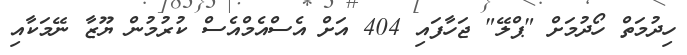
ހިދުމަތް ހޯދުމަށް "ޕްލޭ" ޖަހާފައި 404 އަށް އެސްއެމްއެސް ކުރުމުން ޔޫޒާ ނޭމަކާއި